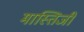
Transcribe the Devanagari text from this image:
मास्तिजी